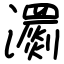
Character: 瀱